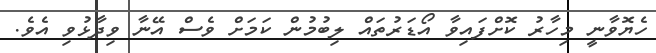
ހެޔޮވާނީ މިހާރު ކޮށްފައިވާ އޯޑަރުތައް ލިބުމުން ކަމަށް ވެސް އޭނާ ވިދާޅުވި އެވެ.